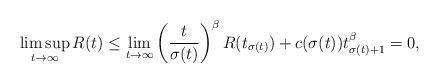
LaTeX: \begin{align*} \limsup_{t\to\infty}R(t)&\leq\lim_{t\to\infty}\left(\frac{t}{\sigma(t)}\right)^\beta R(t_{\sigma(t)})+c(\sigma(t))t_{\sigma(t)+1}^{\beta}=0,\end{align*}